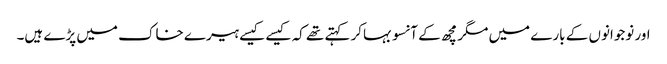
اور نوجوانوں کے بارے میں مگرمچھ کے آنسو بہاکر کہتے تھے کہ کیسے کیسے ہیرے خاک میں پڑے ہیں۔